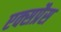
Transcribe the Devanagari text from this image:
एक्‍सप्रैस